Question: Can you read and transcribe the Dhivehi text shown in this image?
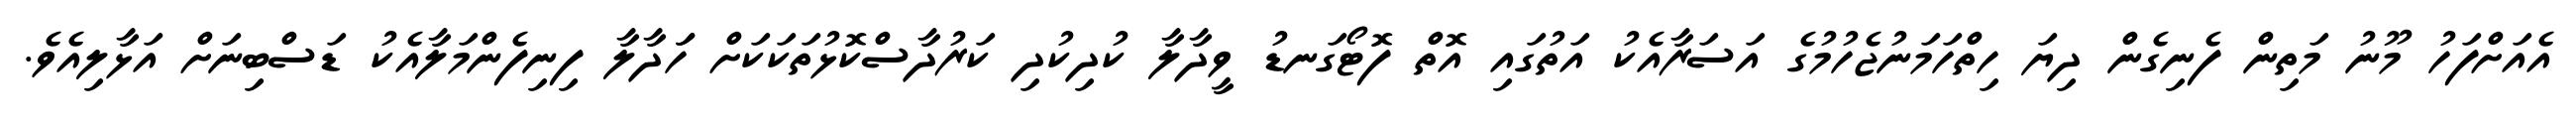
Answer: އެއަށްފަހު މޫނު މަތިން ފެނިގެން ދިޔަ ހިތްހަމަނުޖެހުމުގެ އަސަރާއެކު އަތުގައި އޮތް ފޮޓޯގަނޑު ވީދާލާ ކުދިކުދި ކަރުދާސްކޮޅުތަކަކަށް ހަަދާލާ ފިނިފެންމަލާއެކު ޑަސްބިނަށް އަޅާލިއެވެ.